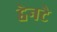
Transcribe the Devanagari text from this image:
ट्वेनटे